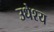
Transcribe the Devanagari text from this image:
उधेश्य